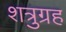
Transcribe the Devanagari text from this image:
शत्रुग्रह